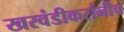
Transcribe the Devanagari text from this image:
खरवंडीकरांनीच